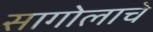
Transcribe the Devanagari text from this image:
सागोलाचे